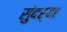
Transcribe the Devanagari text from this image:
सुंदर्‍या